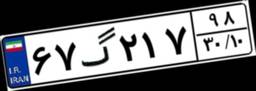
۶۲گ۴۹۴۴۶